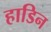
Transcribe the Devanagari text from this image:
हाडिन